Annual returns of the Patna Lunatic Asylum at Bankipore in Bihar and Orissa - 1912-1924
Year: 1912
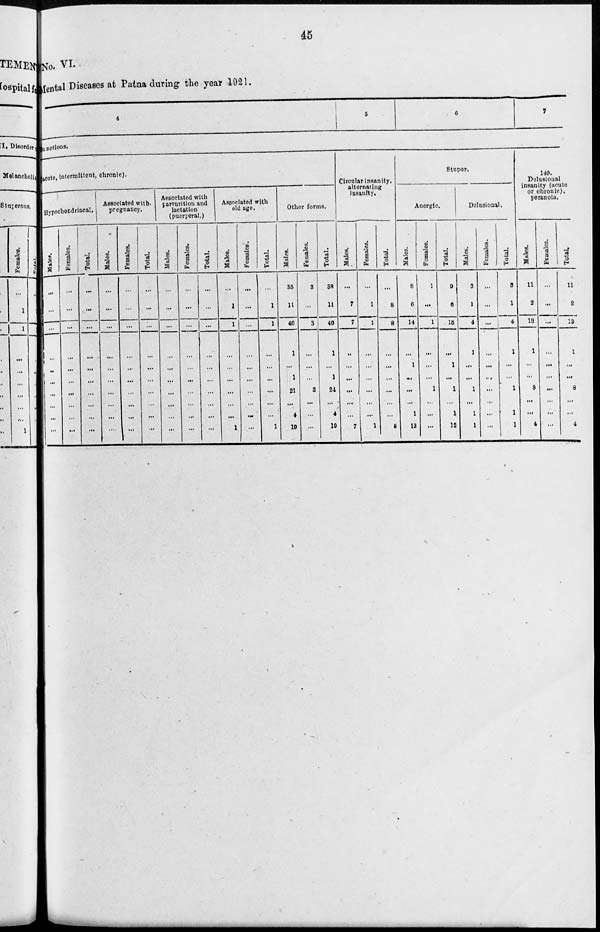
45
No. VI.
Mental Diseases at Patna during the year 1921.
4
5
6
7
functions.
(acute, intermittent, chronic).
Hypochondriacal.
Males.
...
...
...
...
...
...
...
...
...
...
Females.
...
...
...
...
...
...
...
...
...
...
Total.
...
...
...
...
...
...
...
...
...
...
Associated with
pregnancy.
Males.
...
...
...
...
...
...
...
...
...
...
Females.
...
...
...
...
...
...
...
...
...
...
Total.
...
...
...
...
...
...
...
...
...
...
Associated with
parturition and
lactation
(puerperal.)
Males.
...
...
...
...
...
...
...
...
...
...
Females.
...
...
...
...
...
...
...
...
...
...
Total.
...
...
...
...
...
...
...
...
...
...
Associated with
old age.
Males.
...
1
1
...
...
...
...
...
...
1
Females.
...
...
...
...
...
...
...
...
...
...
Total.
...
1
1
...
...
...
...
...
...
1
Other forms.
Males.
35
11
46
1
...
1
21
...
4
19
Females.
3
...
3
...
...
...
3
...
...
...
Total.
38
11
49
1
...
1
24
...
4
19
Circular insanity
alternating
insanity.
Males.
...
7
7
...
...
...
...
...
...
7
Females.
...
1
1
...
...
...
...
...
...
1
Total.
...
8
8
...
...
...
...
...
...
8
Stupor.
Anergic.
Males.
8
6
14
...
1
...
...
...
1
12
Females.
1
...
1
...
...
...
1
...
...
...
Total.
9
6
15
...
1
...
1
....
1
12
Delusional.
Males.
3
1
4
1
...
...
1
...
1
1
Females.
...
...
...
...
...
...
...
...
...
...
Total.
3
1
4
1
...
...
1
...
1
1
149.
Delusional
insanity (acute
or chronic)
peranoia.
Males.
11
2
13
1
...
...
8
...
...
4
Females.
...
...
...
...
...
...
...
...
...
...
Total.
11
2
13
1
...
...
8
...
...
4